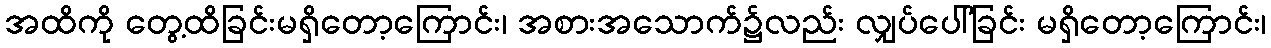
အထိကို တွေ့ထိခြင်းမရှိတော့ကြောင်း၊ အစားအသောက်၌လည်း လျှပ်ပေါ်ခြင်း မရှိတော့ကြောင်း၊